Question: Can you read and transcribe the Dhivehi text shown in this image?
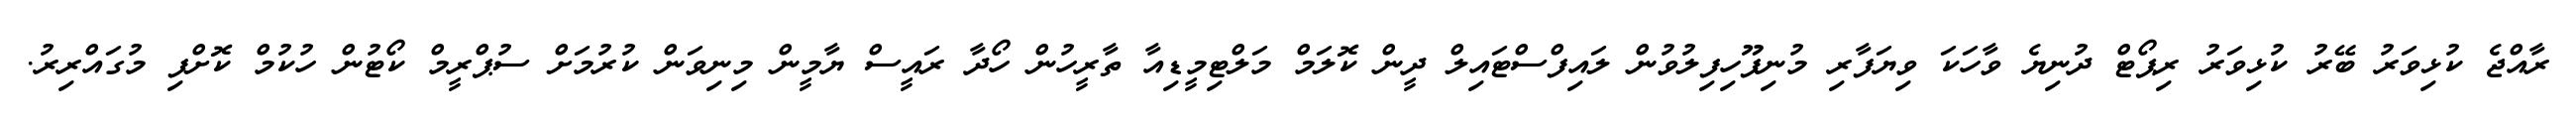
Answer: ރާއްޖެ ކުޅިވަރު ބޭރު ކުޅިވަރު ރިޕޯޓް ދުނިޔެ ވާހަކަ ވިޔަފާރި މުނިފޫހިފިލުވުން ލައިފްސްޓައިލް ދީން ކޮލަމް މަލްޓިމީޑިއާ ތާރީހުން ހޯދާ ރައީސް ޔާމީން މިނިވަން ކުރުމަށް ސުޕްރީމް ކޯޓުން ހުކުމް ކޮށްފި މުގައްރިރު.